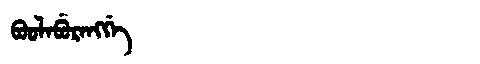
Manchu: ᠪᠣᠣᠯᠠᠪᡠᡵᠠᠩᡤᡝ
Romanization: BOOLABURANGGE